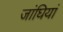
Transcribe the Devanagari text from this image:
जांघियां